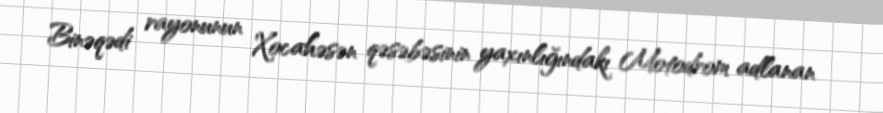
Binəqədi rayonunun Xocahəsən qəsəbəsinin yaxınlığındakı Motodrom adlanan